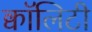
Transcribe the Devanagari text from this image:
क्वॉलिटी